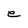
Character: e